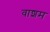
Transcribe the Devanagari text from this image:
वाशम